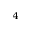
^ 4